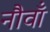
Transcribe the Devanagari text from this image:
नौवॉं